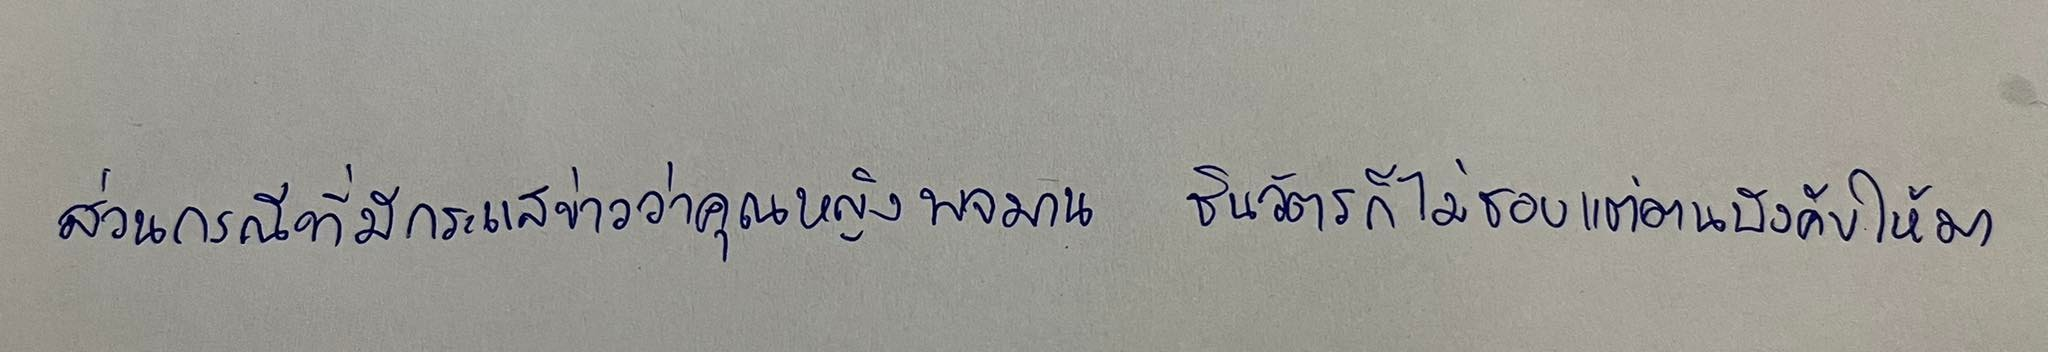
ส่วนกรณีที่มีกระแสข่าวว่าคุณหญิงพจมาน ชินวัตรก็ไม่ชอบแต่ตนบังคับให้มา